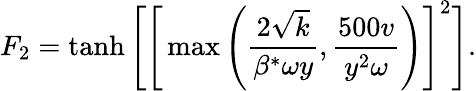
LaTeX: F_{2}=\operatorname{tanh}\Bigg[\Bigg[\operatorname*{max}\Bigg(\frac{2\sqrt{k}}{\beta^{*}\omega y},\frac{500v}{y^{2}\omega}\Bigg)\Bigg]^{2}\Bigg].